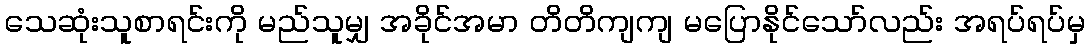
သေဆုံးသူစာရင်းကို မည်သူမျှ အခိုင်အမာ တိတိကျကျ မပြောနိုင်သော်လည်း အရပ်ရပ်မှ